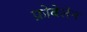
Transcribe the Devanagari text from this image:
फ्रोबेलेन